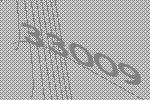
33009